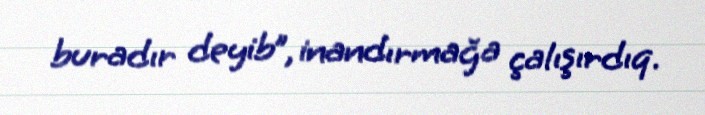
buradır deyib”, inandırmağa çalışırdıq.